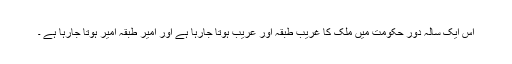
اس ایک سالہ دور حکومت میں ملک کا غریب طبقہ اور عریب ہوتا جارہا ہے اور امیر طبقہ امیر ہوتا جارہا ہے ۔